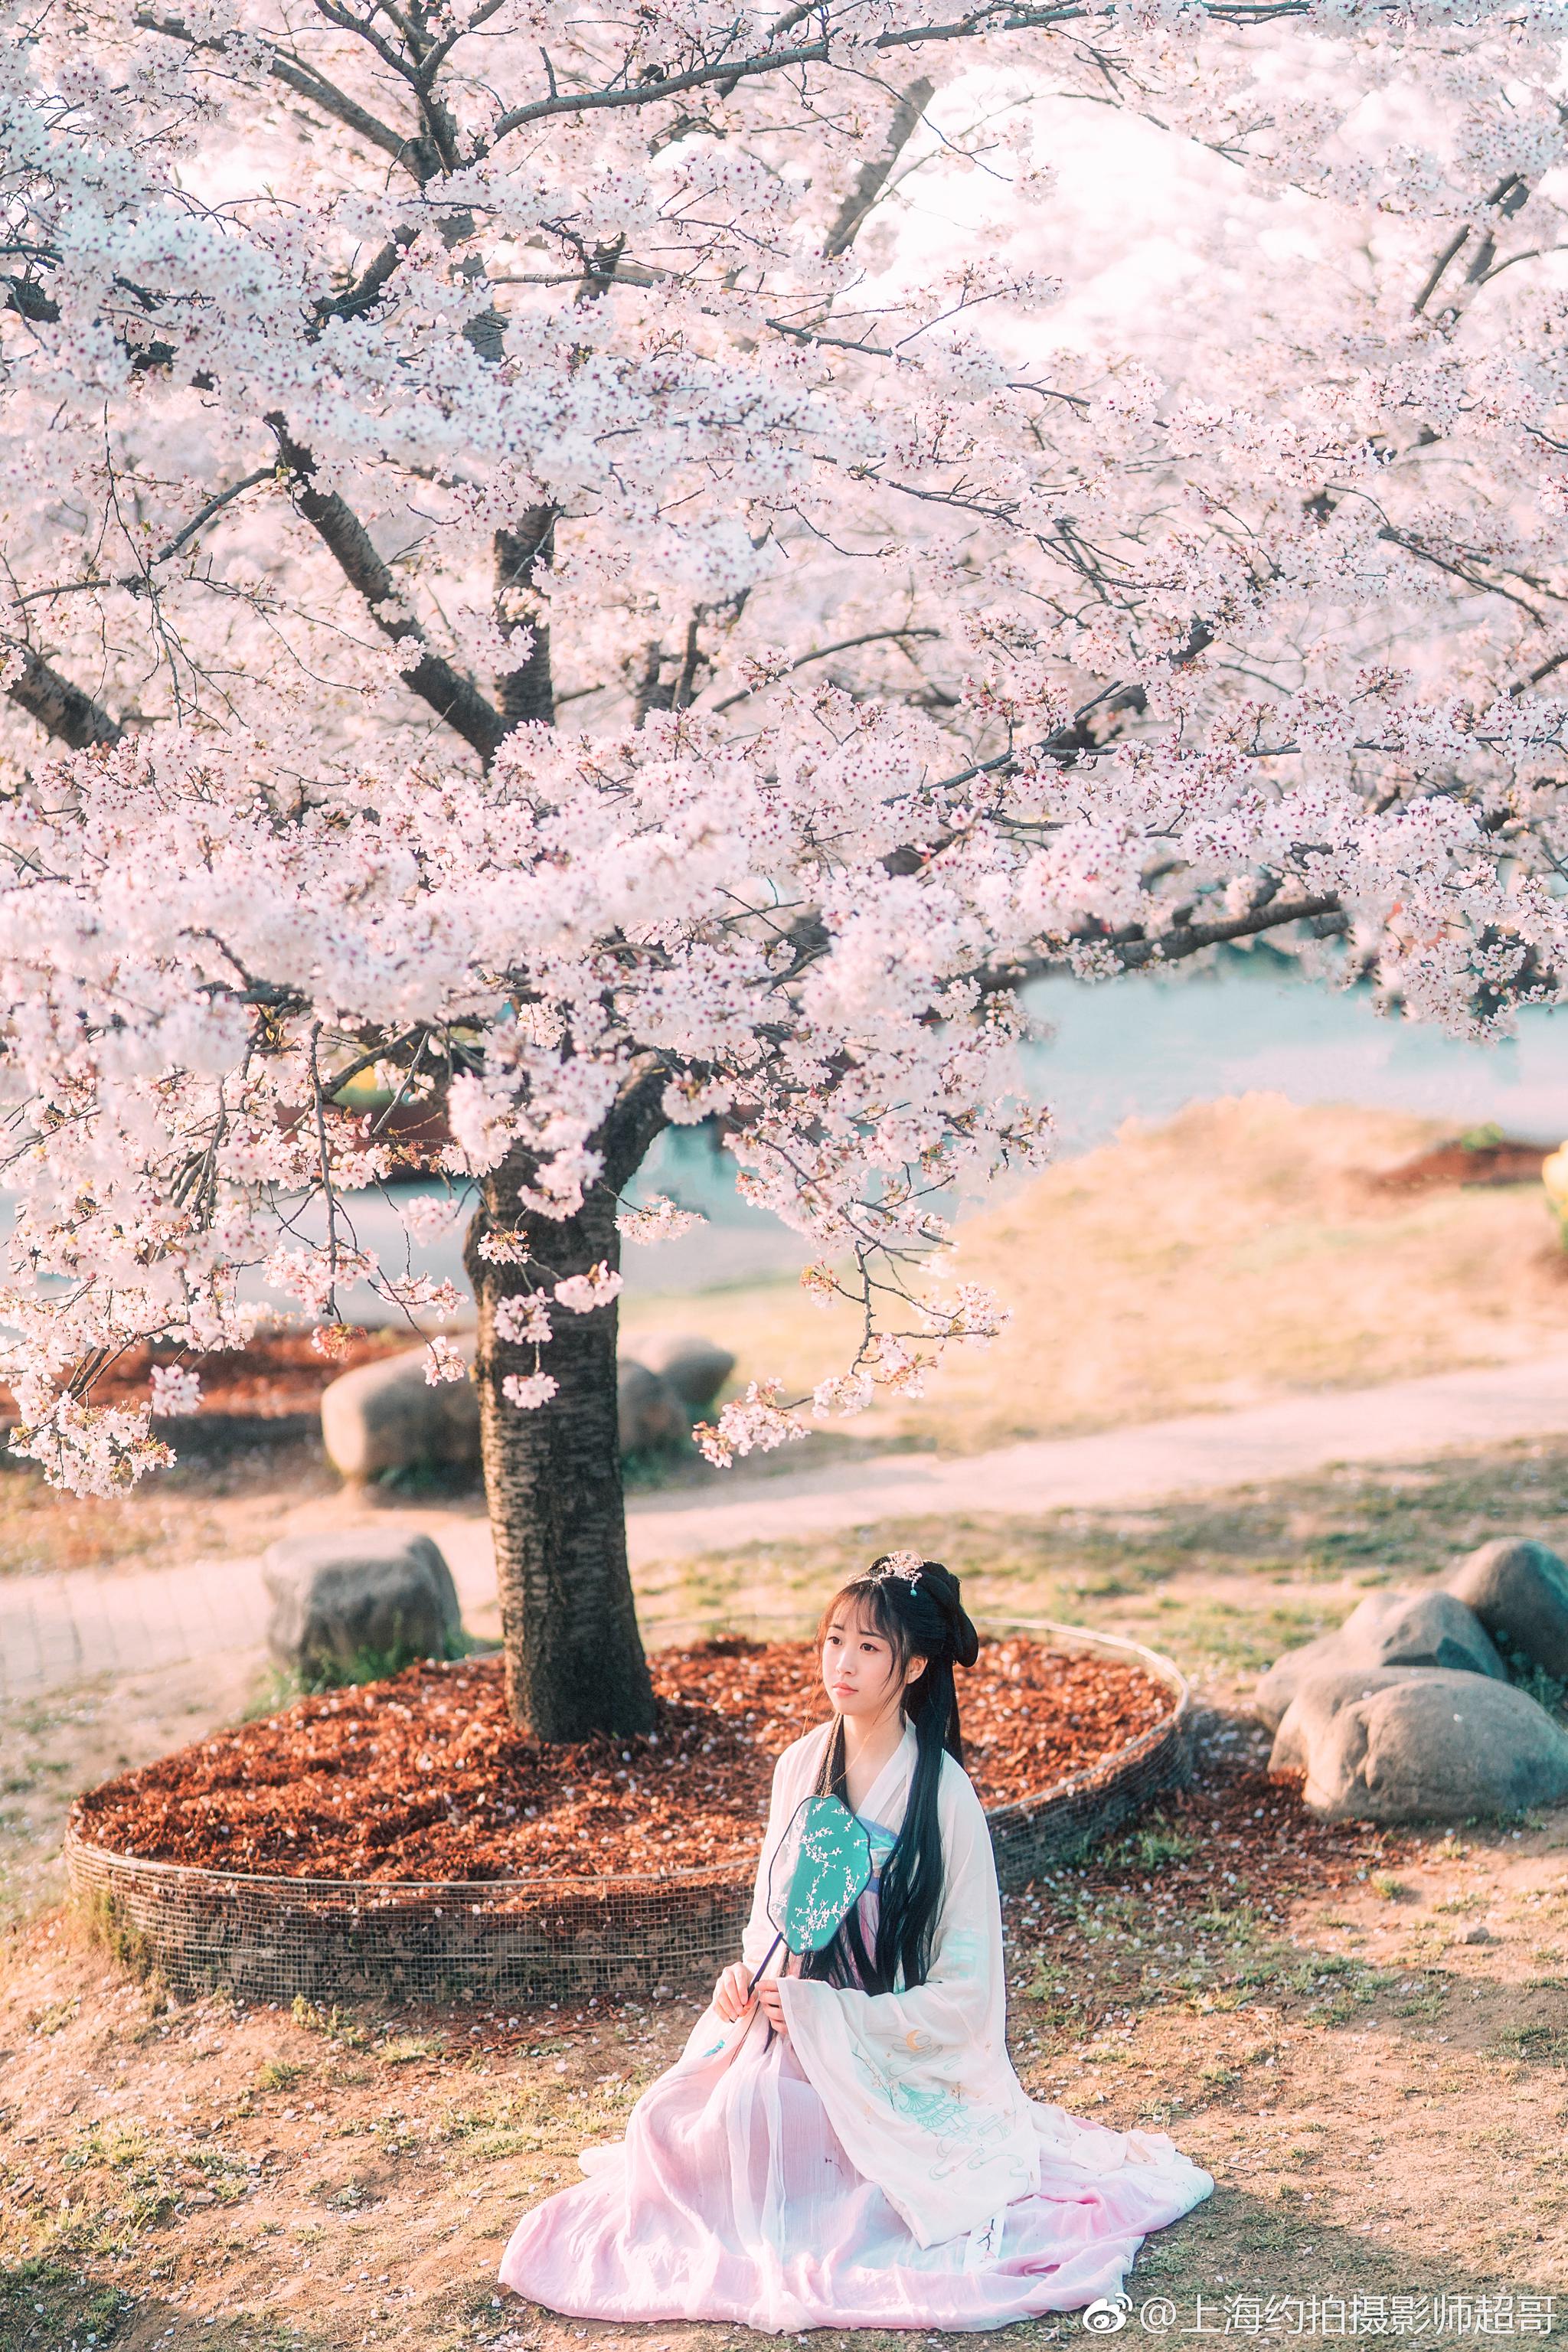
城上春云覆苑墙，江亭晚色静年芳。